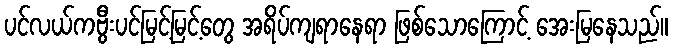
ပင်လယ်ကဗွီးပင်မြင့်မြင့်တွေ အရိပ်ကျရာနေရာ ဖြစ်သောကြောင့် အေးမြနေသည်။